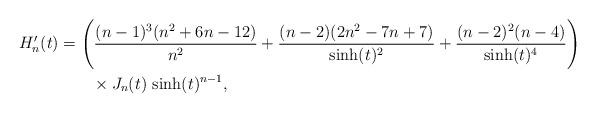
LaTeX: \begin{align*}H_n'(t) &= \Bigg(\frac{(n-1)^3 (n^2 +6n -12)}{n^2}+ \frac{(n-2)(2n^2 -7n +7)}{\sinh(t)^2} + \frac{(n-2)^2(n-4)}{\sinh(t)^4}\Bigg)\\&\qquad\times J_n(t)\, \sinh(t)^{n-1},\end{align*}